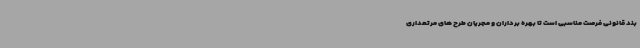
بند قانونی فرصت مناسبی است تا بهره برداران و مجریان طرح های مرتعداری